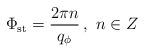
LaTeX: \begin{align*}\Phi _{\textrm{st}}=\frac{2\pi n}{q_{\phi }}\, ,\, \, n\in Z\end{align*}